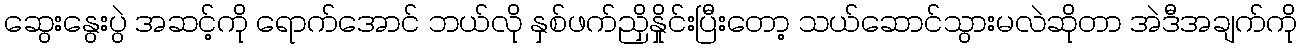
ဆွေးနွေးပွဲ အဆင့်ကို ရောက်အောင် ဘယ်လို နှစ်ဖက်ညှိနှိုင်းပြီးတော့ သယ်ဆောင်သွားမလဲဆိုတာ အဲဒီအချက်ကို